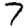
Digit: 7